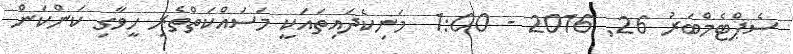
ސެޕްޓެމްބަރު 26